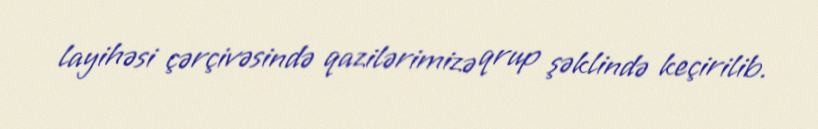
layihəsi çərçivəsində qazilərimizə qrup şəklində keçirilib.